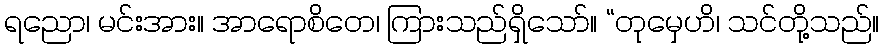
ရညော၊ မင်းအား။ အာရောစိတေ၊ ကြားသည်ရှိသော်။ “တုမှေဟိ၊ သင်တို့သည်။